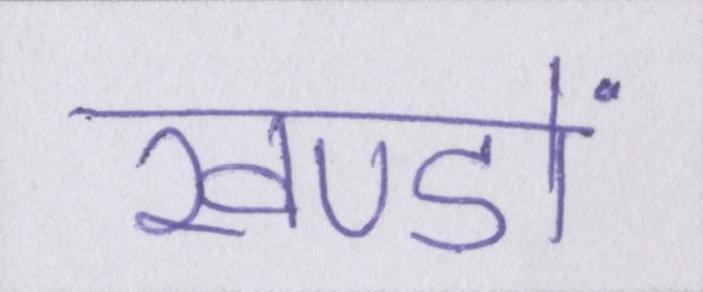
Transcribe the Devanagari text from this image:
खण्डों